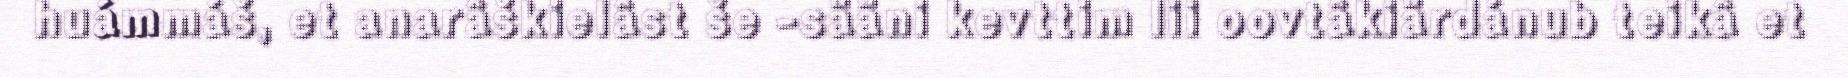
huámmáš, et anarâškielâst še -sääni kevttim lii oovtâkiärdánub teikâ et